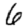
Digit: 6